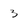
Character: 3